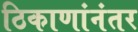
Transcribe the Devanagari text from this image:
ठिकाणांनंतर